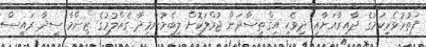
ފަތުރުވެރިކަމުގެ ދާއިރާއަށާއި ދިވެހި އިޤްތިސާދަށް ޖުމްލަކޮށް ލިބެމުންމިދާ ގެއްލުމުގެ ޒިންމާ ސީދާ ރައީސް